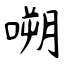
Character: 嗍